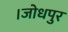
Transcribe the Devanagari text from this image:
।जोधपुर